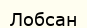
Лобсан